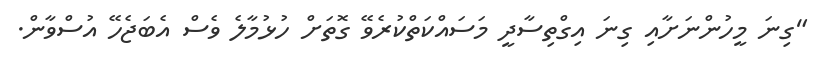
"ގިނަ މީހުންނަށާއި ގިނަ އިގްތިސާދީ މަސައްކަތްކުރެވޭ ގޮތަށް ހުޅުމާލެ ވެސް އެބަޖެހޭ އުސްވާން.